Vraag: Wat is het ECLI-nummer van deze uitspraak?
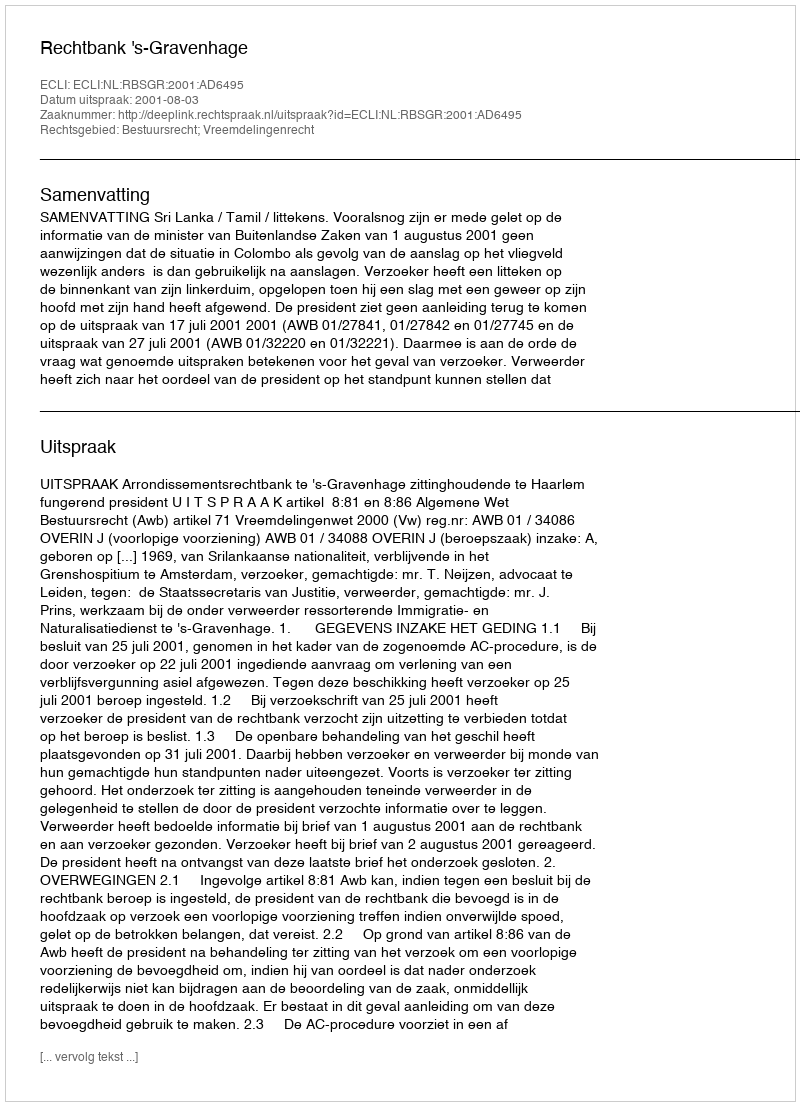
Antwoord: ECLI:NL:RBSGR:2001:AD6495